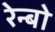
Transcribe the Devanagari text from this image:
रेन्‍बो